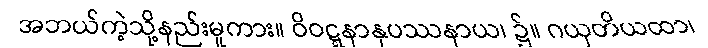
အဘယ်ကဲ့သို့နည်းမူကား။ ဝိဝဋ္ဋနာနုပဿနာယ၊ ၌။ ဂယှတိယထာ၊